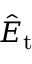
\hat { E } _ { \mathrm { t } }